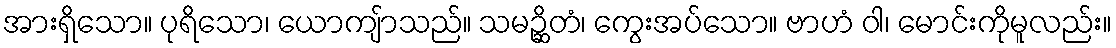
အားရှိသော။ ပုရိသော၊ ယောကျ်ာသည်။ သမဉ္ဆိတံ၊ ကွေးအပ်သော။ ဗာဟံ ဝါ၊ မောင်းကိုမူလည်း။